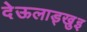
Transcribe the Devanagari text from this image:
देऊलाड्खुइ